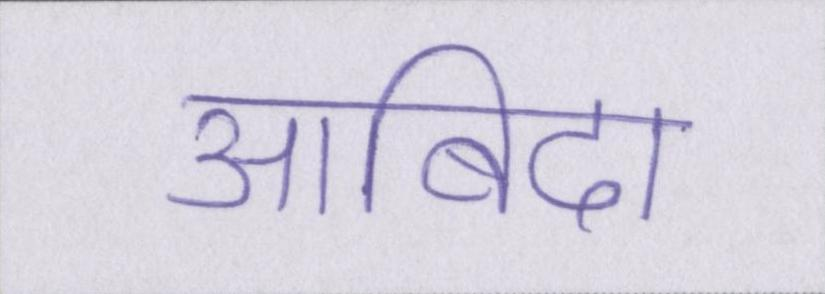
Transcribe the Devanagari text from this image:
आबिदा